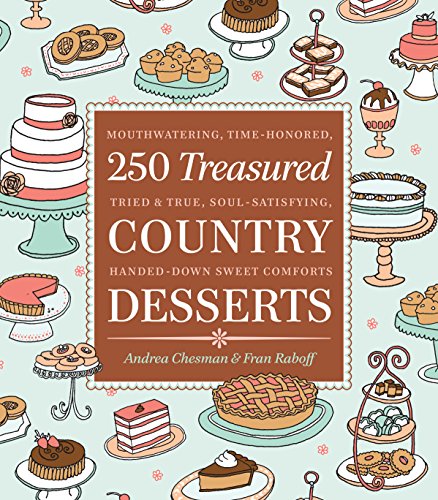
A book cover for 250 Treasured Country Desserts: Mouthwatering, Time-honored, Tried & True, Soul-satisfying, Handed-down Sweet Comforts; Andrea Chesman; Cookbooks, Food & Wine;